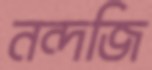
নন্দজি